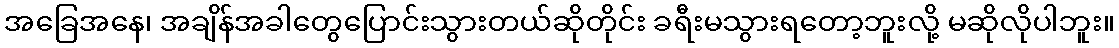
အခြေအနေ၊ အချိန်အခါတွေပြောင်းသွားတယ်ဆိုတိုင်း ခရီးမသွားရတော့ဘူးလို့ မဆိုလိုပါဘူး။